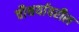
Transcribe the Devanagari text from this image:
चौथर्यावरील